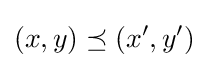
(x,y)\preceq (x',y')